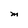
Character: M